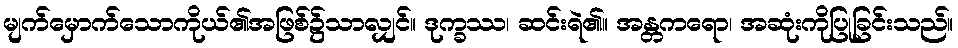
မျက်မှောက်သောကိုယ်၏အဖြစ်၌သာလျှင်။ ဒုက္ခဿ၊ ဆင်းရဲ၏။ အန္တကရော၊ အဆုံးကိုပြုခြင်းသည်။